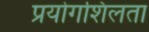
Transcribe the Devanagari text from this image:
प्रयोगशिलता